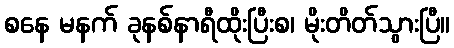
စနေ မနက် ခုနစ်နာရီထိုးပြီးစ၊ မိုးတိတ်သွားပြီ။